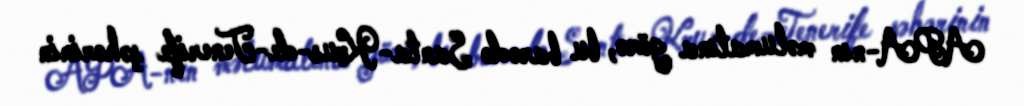
APA-nın məlumatına görə, bu barədə Santa-Krus-de-Tenerife şəhərinin